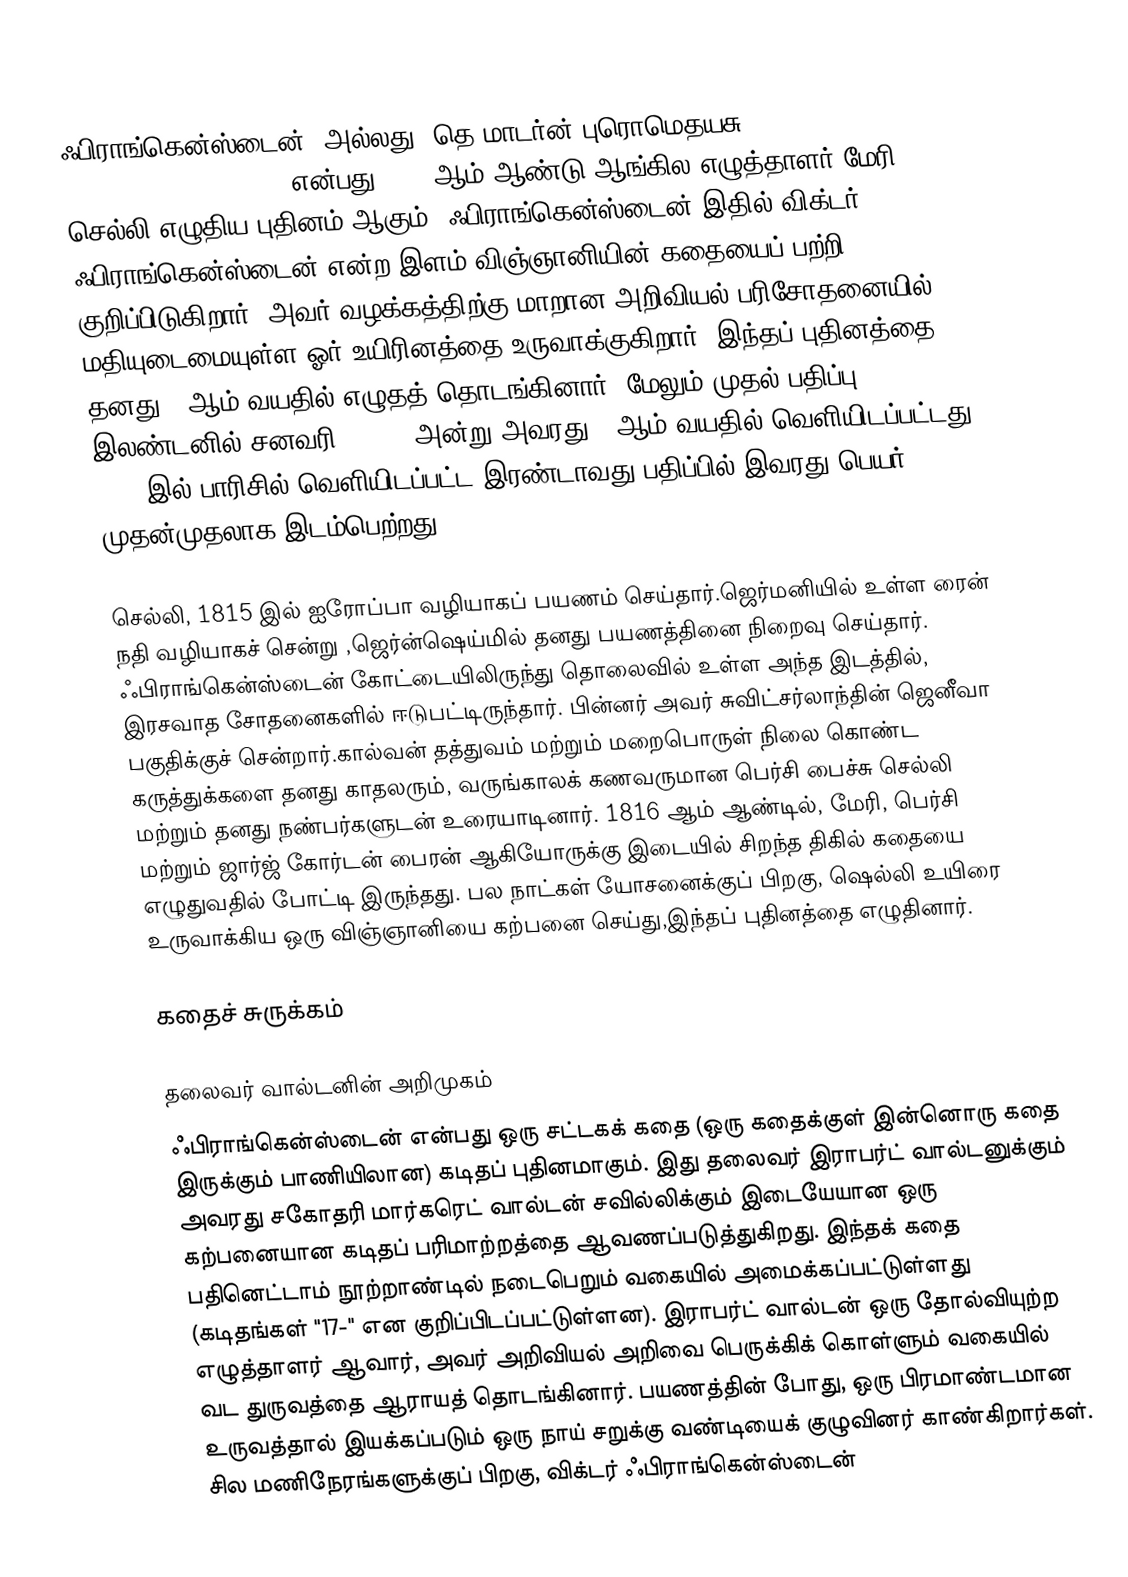
ஃபிராங்கென்ஸ்டைன்; அல்லது, தெ மாடர்ன் புரொமெதயசு (Frankenstein; or, The Modern Prometheus) என்பது 1818 ஆம் ஆண்டு ஆங்கில எழுத்தாளர் மேரி செல்லி எழுதிய புதினம் ஆகும். ஃபிராங்கென்ஸ்டைன் இதில் விக்டர் ஃபிராங்கென்ஸ்டைன் என்ற இளம் விஞ்ஞானியின் கதையைப் பற்றி குறிப்பிடுகிறார், அவர் வழக்கத்திற்கு மாறான அறிவியல் பரிசோதனையில் மதியுடைமையுள்ள ஓர் உயிரினத்தை உருவாக்குகிறார். இந்தப் புதினத்தை தனது 18ஆம் வயதில் எழுதத் தொடங்கினார், மேலும் முதல் பதிப்பு இலண்டனில் சனவரி 1,1818 அன்று அவரது 20ஆம் வயதில் வெளியிடப்பட்டது. 1821 இல் பாரிசில் வெளியிடப்பட்ட இரண்டாவது பதிப்பில்  இவரது பெயர் முதன்முதலாக இடம்பெற்றது.

செல்லி, 1815 இல் ஐரோப்பா வழியாகப் பயணம் செய்தார்.ஜெர்மனியில் உள்ள ரைன் நதி வழியாகச் சென்று ,ஜெர்ன்ஷெய்மில் தனது பயணத்தினை நிறைவு செய்தார். ஃபிராங்கென்ஸ்டைன்  கோட்டையிலிருந்து    தொலைவில் உள்ள அந்த இடத்தில், இரசவாத சோதனைகளில் ஈடுபட்டிருந்தார்.  பின்னர் அவர் சுவிட்சர்லாந்தின் ஜெனீவா பகுதிக்குச் சென்றார்.கால்வன் தத்துவம் மற்றும் மறைபொருள் நிலை கொண்ட கருத்துக்களை தனது காதலரும், வருங்காலக் கணவருமான  பெர்சி பைச்சு செல்லி மற்றும் தனது நண்பர்களுடன் உரையாடினார். 1816 ஆம் ஆண்டில், மேரி, பெர்சி மற்றும் ஜார்ஜ் கோர்டன் பைரன் ஆகியோருக்கு இடையில்  சிறந்த திகில் கதையை எழுதுவதில் போட்டி இருந்தது. பல நாட்கள் யோசனைக்குப் பிறகு, ஷெல்லி உயிரை உருவாக்கிய ஒரு விஞ்ஞானியை கற்பனை செய்து,இந்தப் புதினத்தை எழுதினார்.

கதைச் சுருக்கம்

தலைவர் வால்டனின் அறிமுகம்
ஃபிராங்கென்ஸ்டைன் என்பது ஒரு சட்டகக் கதை (ஒரு கதைக்குள் இன்னொரு கதை இருக்கும் பாணியிலான) கடிதப் புதினமாகும்.  இது தலைவர் இராபர்ட் வால்டனுக்கும் அவரது சகோதரி மார்கரெட் வால்டன் சவில்லிக்கும் இடையேயான ஒரு கற்பனையான கடிதப் பரிமாற்றத்தை ஆவணப்படுத்துகிறது. இந்தக் கதை பதினெட்டாம் நூற்றாண்டில் நடைபெறும் வகையில் அமைக்கப்பட்டுள்ளது (கடிதங்கள் "17-" என குறிப்பிடப்பட்டுள்ளன). இராபர்ட் வால்டன் ஒரு தோல்வியுற்ற எழுத்தாளர் ஆவார், அவர் அறிவியல் அறிவை பெருக்கிக் கொள்ளும் வகையில் வட துருவத்தை ஆராயத் தொடங்கினார். பயணத்தின் போது, ஒரு பிரமாண்டமான உருவத்தால் இயக்கப்படும் ஒரு நாய் சறுக்கு வண்டியைக் குழுவினர் காண்கிறார்கள். சில மணிநேரங்களுக்குப் பிறகு, விக்டர் ஃபிராங்கென்ஸ்டைன்